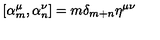
[ \alpha _ { m } ^ { \mu } , \alpha _ { n } ^ { \nu } ] = m \delta _ { m + n } \eta ^ { \mu \nu }